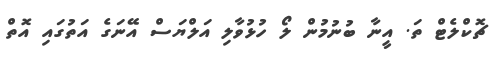
ޗޮކްލެޓް ތަ. އީނާ ބުނުމުން ލޯ ހުޅުވާލި އަލްޔަސް އޭނަގެ އަތުގައި އޮތް